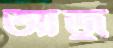
আজু